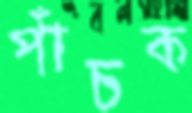
পাঁচক